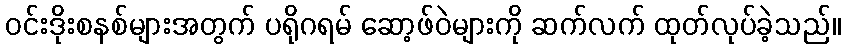
ဝင်းဒိုးစနစ်များအတွက် ပရိုဂရမ် ဆော့ဖ်ဝဲများကို ဆက်လက် ထုတ်လုပ်ခဲ့သည်။